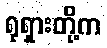
ရုရှားတို့က